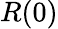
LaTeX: R(0)